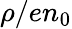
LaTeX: \rho/en_{0}